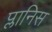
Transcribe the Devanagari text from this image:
प्लानिस